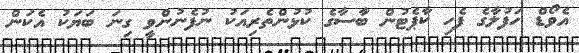
އެވޯޑް ހަފުލާގެ ފެހި ކާޕެޓުން ބާސާގެ ކުޅުންތެރިއަކު ނުފެނުންވީ ގިނަ ބަޔަކު އެކަން